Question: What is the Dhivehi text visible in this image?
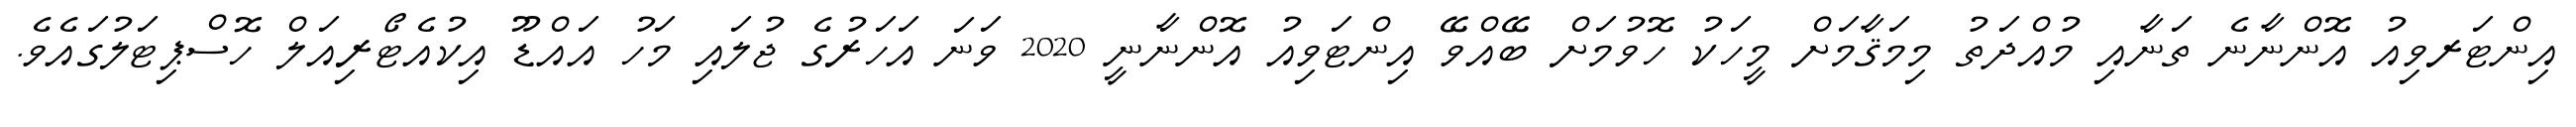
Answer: އިންޓަރވިއު އޮންނާނެ ތަނާއި މުއްދަތު މިމަޤާމަށް މީހަކު ހޮވުމަށް ބޭއްވޭ އިންޓަވިއު އޮންނާނީ 2020 ވަނަ އަހަރުގެ ޖުލައި މަހު އައްޑޫ އިކުއެޓޯރިއަލް ހޮސްޕިޓަލުގައެވެ.